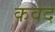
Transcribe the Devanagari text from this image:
कवद